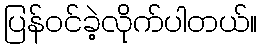
ပြန်ဝင်ခဲ့လိုက်ပါတယ်။